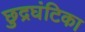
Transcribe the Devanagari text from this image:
छुद्रघंटिका